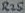
Text: R25